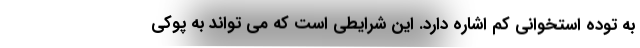
به توده استخوانی کم اشاره دارد. این شرایطی است که می تواند به پوکی